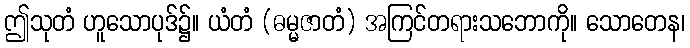
ဤသုတံ ဟူသောပုဒ်၌။ ယံတံ (ဓမ္မဇာတံ) အကြင်တရားသဘောကို။ သောတေန၊